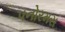
પનોરમસ